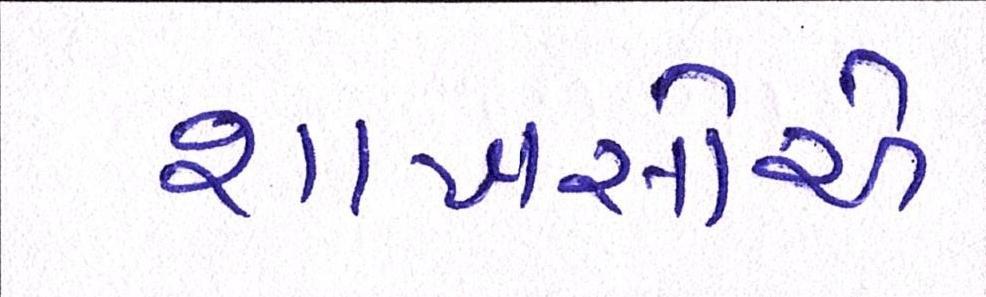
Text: શખસોએ